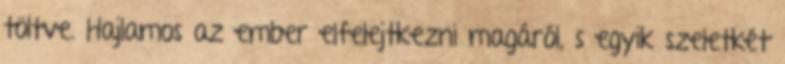
töltve. Hajlamos az ember elfelejtkezni magáról, s egyik szeletkét